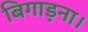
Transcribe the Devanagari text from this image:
बिगाड़ना।